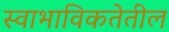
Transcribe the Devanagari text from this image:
स्वाभाविकतेतील